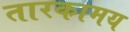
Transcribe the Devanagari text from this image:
तारकामय